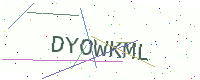
Text: DYOWKML